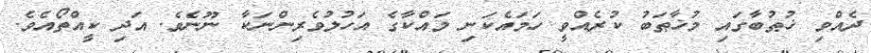
ދެއްވި ޚުޠުބާގައި މުޚާޠަބު ކުރެއްވީ ހަމައެކަނި މައްކާގެ އަހުލުވެރިންނަކާ ނޫނެވެ. އަދި ކީއްތޯއެވެ.